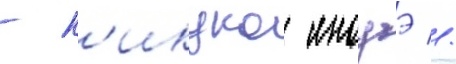
- к'икуко иноуэ //